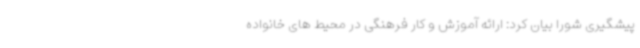
پیشگیری شورا بیان کرد: ارائه آموزش و کار فرهنگی در محیط های خانواده